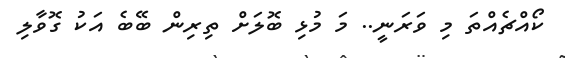
ކޯއްޗެއްތަ މި ވަރަނީ.. މަ މުޅި ބޮލަށް ތިރިން ބޭބެ އަކު ގޮވާލި